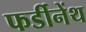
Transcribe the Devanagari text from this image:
फर्डीनेंथ